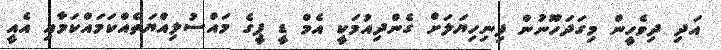
އަދި ދިވެހީން މިގަދަހޫނުން ފިނިހިޔަލަށް ގެންދިއުމަކީ އެމް ޑީ ޕީގެ މައްސުލިއްޔަތެއްކަމައްކަމާއި އެއީ